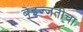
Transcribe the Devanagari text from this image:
बेइज्जतीचा